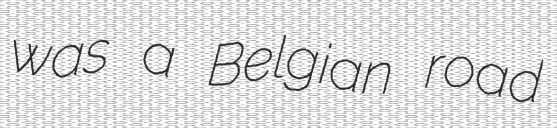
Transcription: was a Belgian road